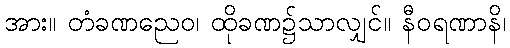
အား။ တံခဏညေဝ၊ ထိုခဏ၌သာလျှင်။ နီဝရဏာနိ၊